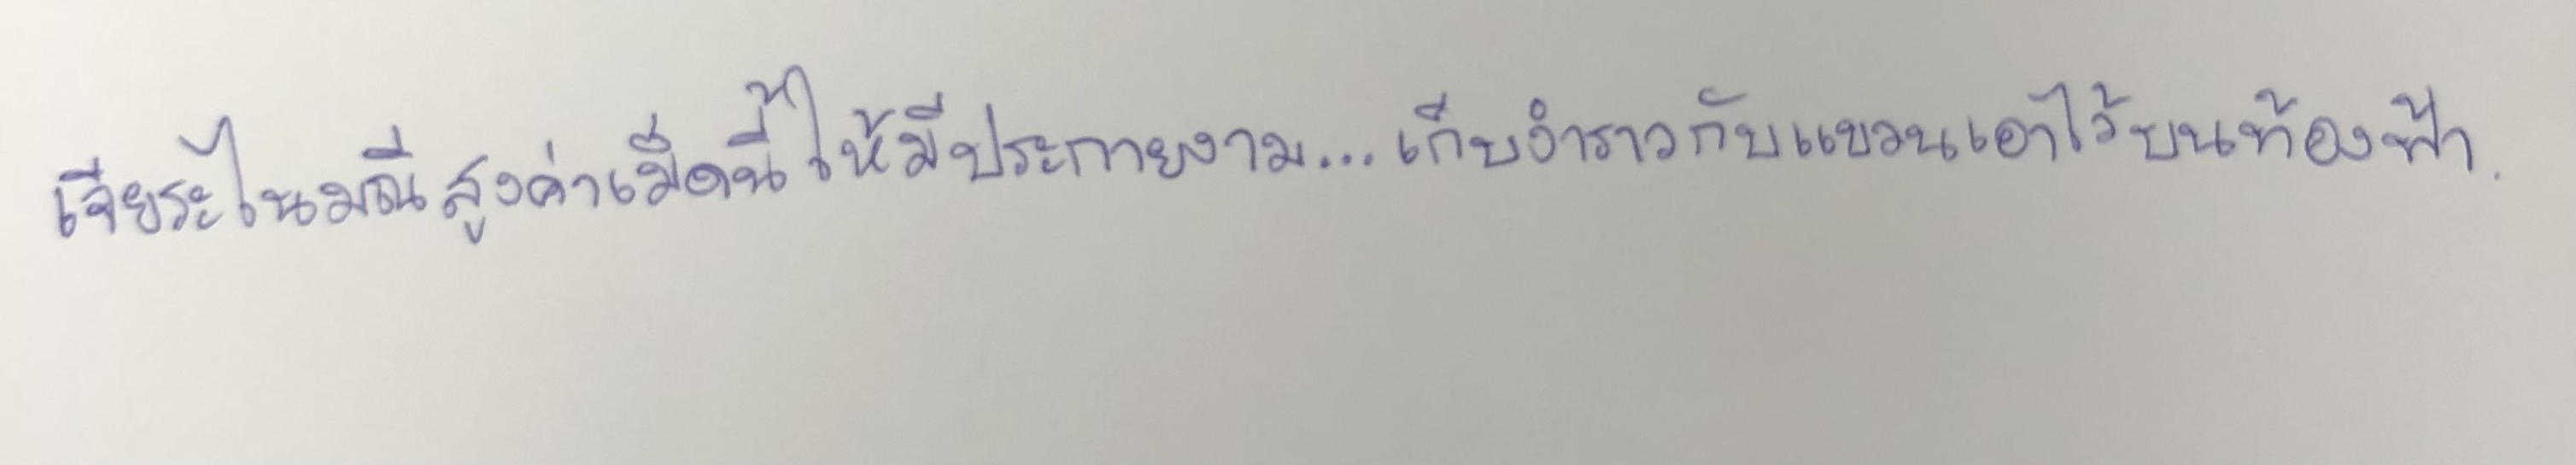
เจียระไนมณีสูงค่าเม็ดนี้ให้มีประกายงาม...เก็บงำราวกับแขวนเอาไว้บนท้องฟ้า